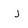
Character: j